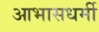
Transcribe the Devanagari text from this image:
आभासधर्मी